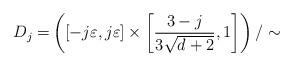
LaTeX: \begin{align*} D_j = & \left( [-j \varepsilon, j \varepsilon] \times \left[ \frac{3 - j}{3\sqrt{d+2}} , 1 \right] \right) / \sim \end{align*}